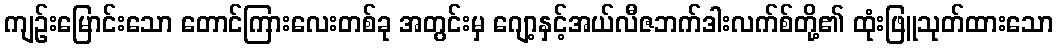
ကျဉ်းမြောင်းသော တောင်ကြားလေးတစ်ခု အတွင်းမှ ဂျော့နှင့်အယ်လီဇဘက်ဒါးလက်စ်တို့၏ ထုံးဖြူသုတ်ထားသော